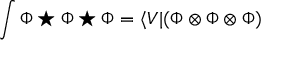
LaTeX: \int \Phi \star \Phi \star \Phi = \langle V | ( \Phi \otimes \Phi \otimes \Phi )